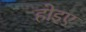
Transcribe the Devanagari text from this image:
होइए